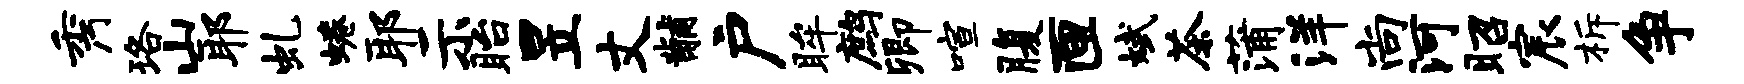
秀珞山耶虬蜷耶示眙昱丈黼户眸鹧卿喧腹匣斌茶蒲洋尚河昭宸柝争